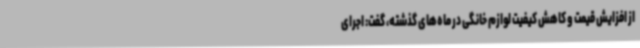
از افزایش قیمت و کاهش کیفیت لوازم خانگی در ماه‌های گذشته، گفت: اجرای